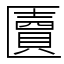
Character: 匵